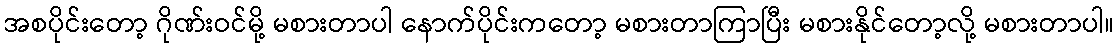
အစပိုင်းတော့ ဂိုဏ်းဝင်မို့ မစားတာပါ နောက်ပိုင်းကတော့ မစားတာကြာပြီး မစားနိုင်တော့လို့ မစားတာပါ။